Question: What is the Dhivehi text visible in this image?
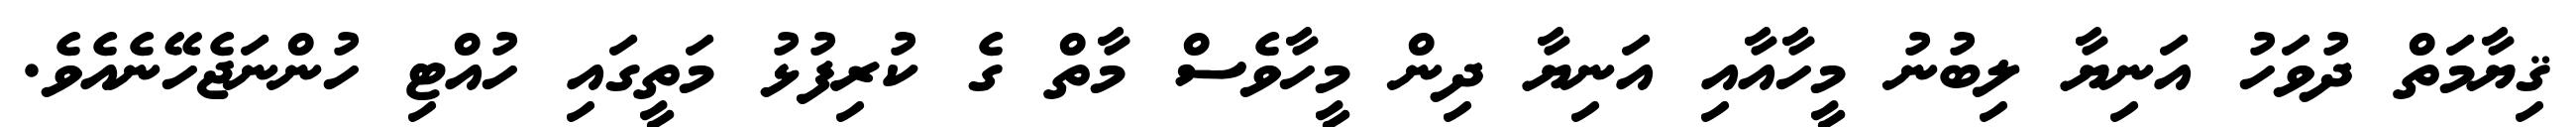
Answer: ޤިޔާމަތް ދުވަހު އަނިޔާ ލިބުނު މީހާއާއި އަނިޔާ ދިން މީހާވެސް މާތް ގެ ކުރިފުޅު މަތީގައި ހުއްޓި ހުންނަޖެހޭނެއެވެ.